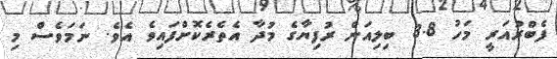
ފެބްރުއަރީ މަހު 3.8 ބިލިއަން ރުފިޔާގެ މުދާ އެތެރެކޮށްފައިވެ އެވެ. ނަމަވެސް މި